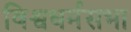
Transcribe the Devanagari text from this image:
विश्वधर्मसभा